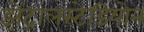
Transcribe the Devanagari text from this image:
झेंट्रालस्टेडियोन